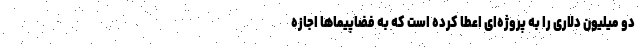
دو میلیون دلاری را به پروژه‌ای اعطا کرده است که به فضاپیماها اجازه